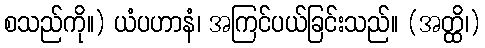
စသည်ကို။) ယံပဟာနံ၊ အကြင်ပယ်ခြင်းသည်။ (အတ္ထိ၊)